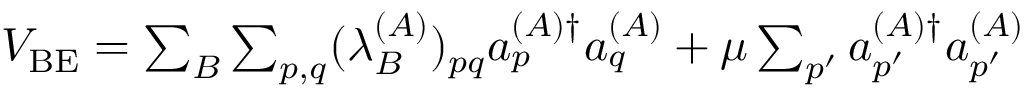
\begin{array} { r } { V _ { \mathrm { B E } } = \sum _ { B } \sum _ { p , q } ( \lambda _ { B } ^ { ( A ) } ) _ { p q } a _ { p } ^ { ( A ) \dagger } a _ { q } ^ { ( A ) } + \mu \sum _ { p ^ { \prime } } a _ { p ^ { \prime } } ^ { ( A ) \dagger } a _ { p ^ { \prime } } ^ { ( A ) } } \end{array}